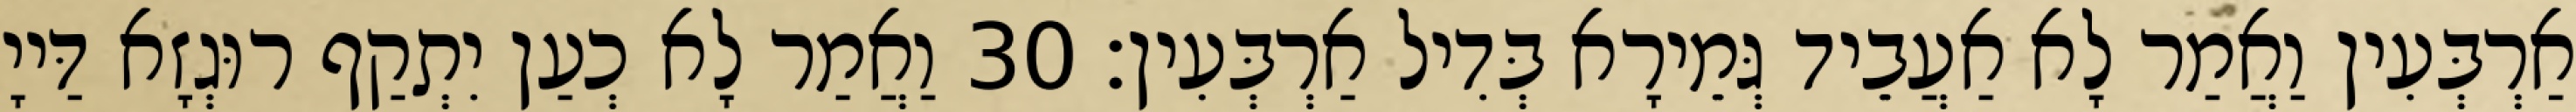
אַרְבְּעִין וַאֲמַר לָא אַעֲבֵיד גְּמֵירָא בְּדִיל אַרְבְּעִין׃ 30 וַאֲמַר לָא כְעַן יִתְקַף רוּגְזָא דַּייָ